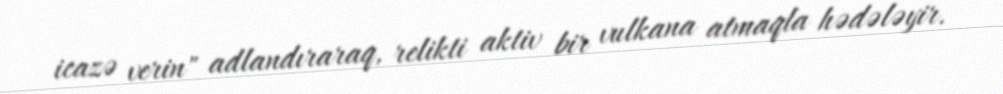
icazə verin" adlandıraraq, relikti aktiv bir vulkana atmaqla hədələyir.